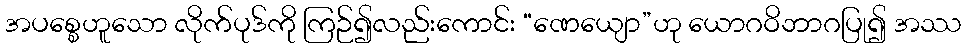
အပစ္စေဟူသော လိုက်ပုဒ်ကို ကြဉ်၍လည်းကောင်း “ဏေယျော”ဟု ယောဂဝိဘာဂပြု၍ အဿ